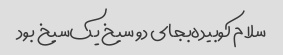
سلام‌ ‌کوبیده‌بجای دو سیخ یک‌سیخ بود ‌